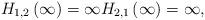
LaTeX: \begin{align*}H_{1,2}\left( \infty \right) =\infty H_{2,1}\left(\infty \right) =\infty , \end{align*}